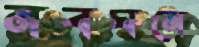
নবঘনে